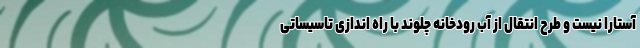
آستارا نیست و طرح انتقال از آب رودخانه چلوند با راه اندازی تاسیساتی